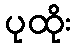
ပုထိုး